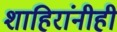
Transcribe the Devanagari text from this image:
शाहिरांनीही